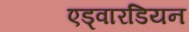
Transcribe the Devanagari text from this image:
एड्वारडियन